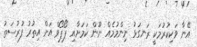
އޭނާ ވަކިކުރުމަކީ ރަނގަޅު ނިންމުމެއް ނޫން ކަމަށާއި ޕޯޕޯވް އަށް އިތުރު ފުރުސަތު